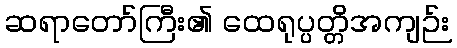
ဆရာတော်ကြီး၏ ထေရုပ္ပတ္တိအကျဉ်း